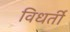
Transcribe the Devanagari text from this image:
विधर्ती